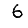
Digit: 6